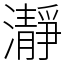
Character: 瀞